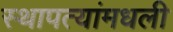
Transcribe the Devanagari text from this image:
स्थापत्यांमधली